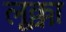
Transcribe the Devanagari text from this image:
लूक्का